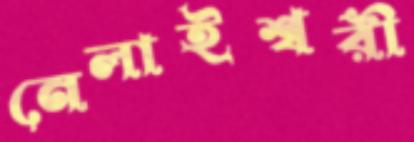
নেলাইশ্বরী